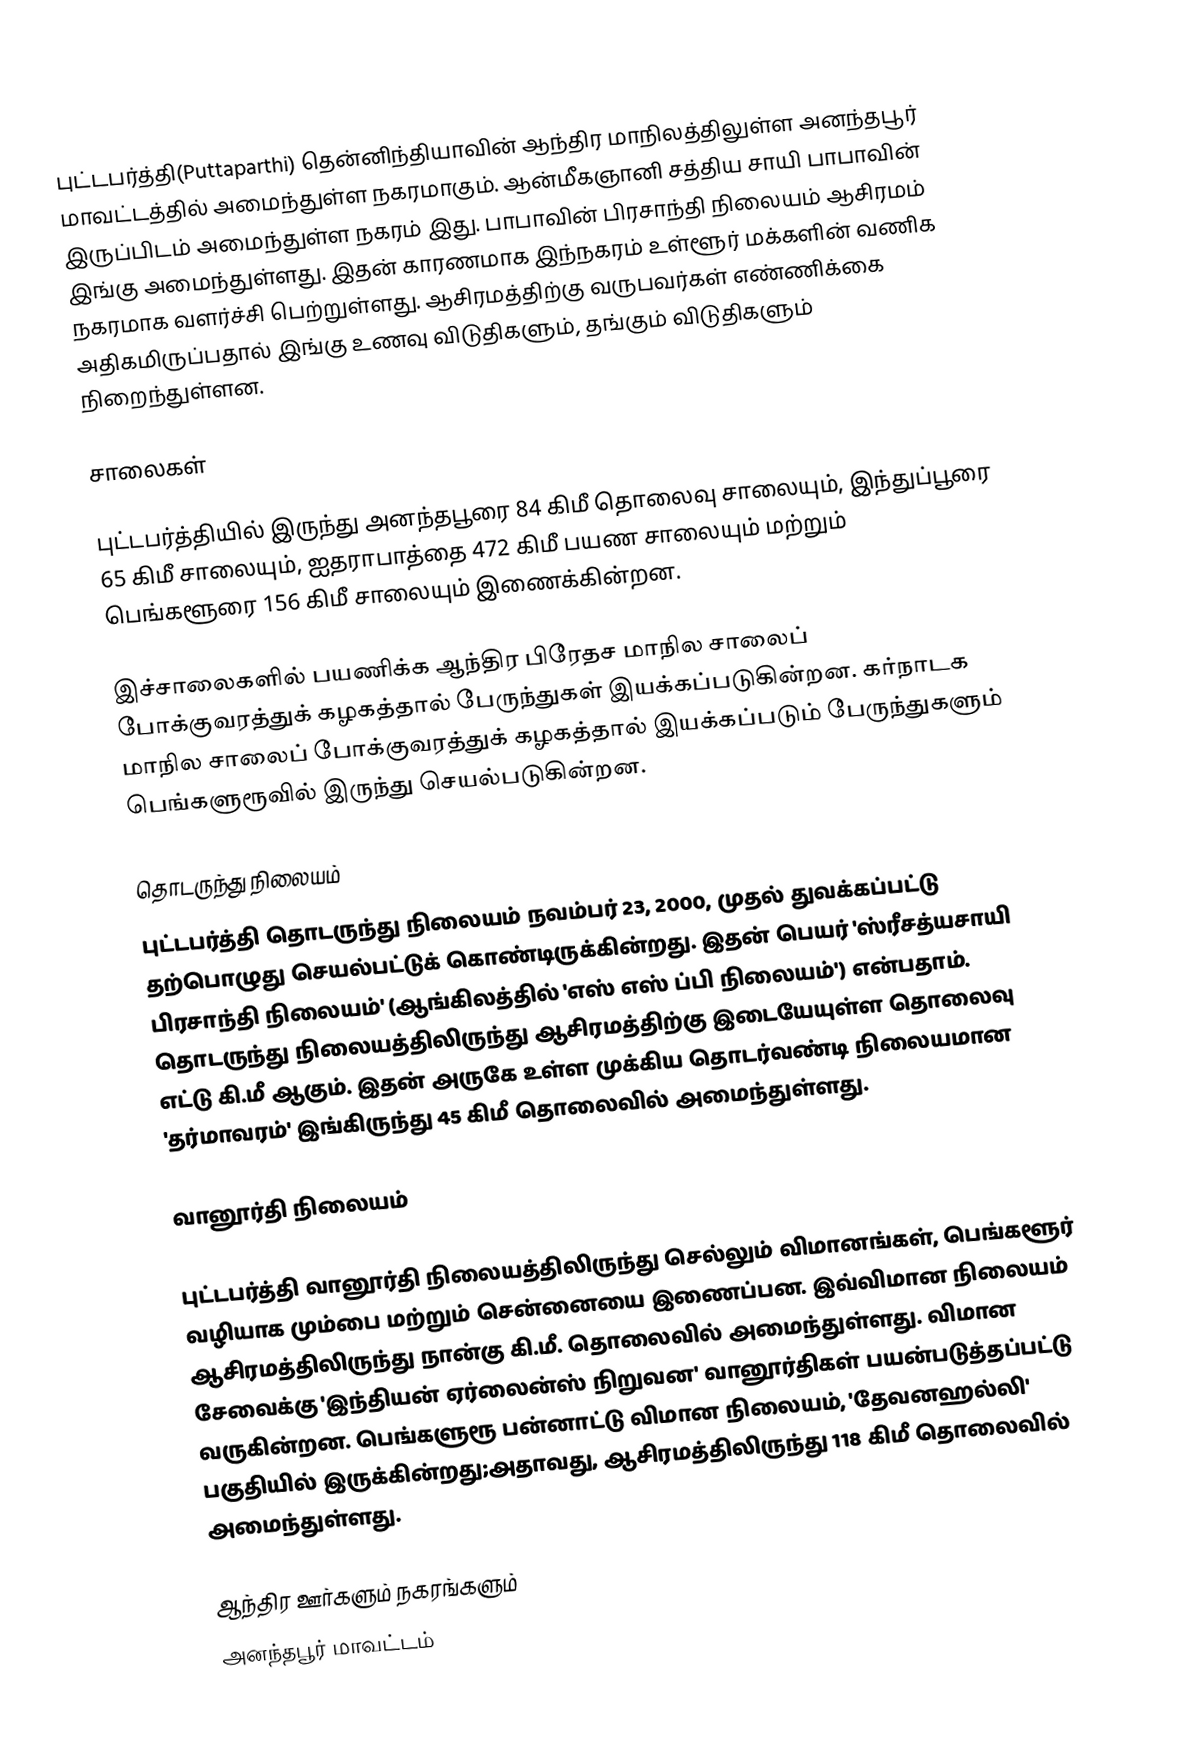
புட்டபர்த்தி(Puttaparthi) தென்னிந்தியாவின் ஆந்திர மாநிலத்திலுள்ள அனந்தபூர் மாவட்டத்தில் அமைந்துள்ள நகரமாகும். ஆன்மீகஞானி சத்திய சாயி பாபாவின் இருப்பிடம் அமைந்துள்ள நகரம் இது. பாபாவின் பிரசாந்தி நிலையம் ஆசிரமம் இங்கு அமைந்துள்ளது. இதன் காரணமாக இந்நகரம் உள்ளூர் மக்களின் வணிக நகரமாக வளர்ச்சி பெற்றுள்ளது. ஆசிரமத்திற்கு வருபவர்கள் எண்ணிக்கை அதிகமிருப்பதால் இங்கு உணவு விடுதிகளும், தங்கும் விடுதிகளும் நிறைந்துள்ளன.

சாலைகள்

புட்டபர்த்தியில் இருந்து அனந்தபூரை 84 கிமீ தொலைவு சாலையும், இந்துப்பூரை 65 கிமீ சாலையும், ஐதராபாத்தை 472 கிமீ பயண சாலையும் மற்றும் பெங்களூரை 156 கிமீ சாலையும் இணைக்கின்றன.

இச்சாலைகளில் பயணிக்க ஆந்திர பிரேதச மாநில சாலைப் போக்குவரத்துக் கழகத்தால் பேருந்துகள் இயக்கப்படுகின்றன. கர்நாடக மாநில சாலைப் போக்குவரத்துக் கழகத்தால் இயக்கப்படும் பேருந்துகளும் பெங்களுரூவில் இருந்து செயல்படுகின்றன.

தொடருந்து நிலையம்
புட்டபர்த்தி தொடருந்து நிலையம் நவம்பர் 23, 2000, முதல் துவக்கப்பட்டு தற்பொழுது செயல்பட்டுக் கொண்டிருக்கின்றது. இதன் பெயர் 'ஸ்ரீசத்யசாயி பிரசாந்தி நிலையம்' (ஆங்கிலத்தில் 'எஸ் எஸ் ப்பி நிலையம்') என்பதாம். தொடருந்து நிலையத்திலிருந்து ஆசிரமத்திற்கு இடையேயுள்ள தொலைவு எட்டு கி.மீ ஆகும். இதன் அருகே உள்ள முக்கிய தொடர்வண்டி நிலையமான 'தர்மாவரம்' இங்கிருந்து 45 கிமீ தொலைவில் அமைந்துள்ளது.

வானூர்தி நிலையம்

புட்டபர்த்தி வானூர்தி நிலையத்திலிருந்து செல்லும் விமானங்கள், பெங்களூர் வழியாக மும்பை மற்றும் சென்னையை இணைப்பன. இவ்விமான நிலையம் ஆசிரமத்திலிருந்து நான்கு கி.மீ. தொலைவில் அமைந்துள்ளது. விமான சேவைக்கு 'இந்தியன் ஏர்லைன்ஸ் நிறுவன'  வானூர்திகள் பயன்படுத்தப்பட்டு வருகின்றன. பெங்களுரூ பன்னாட்டு விமான நிலையம், 'தேவனஹல்லி' பகுதியில் இருக்கின்றது;அதாவது,  ஆசிரமத்திலிருந்து 118 கிமீ தொலைவில் அமைந்துள்ளது.

ஆந்திர ஊர்களும் நகரங்களும்
அனந்தபூர் மாவட்டம்